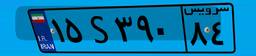
۱۵S۳۹۰۸۴